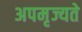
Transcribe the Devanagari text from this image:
अपमृज्यते